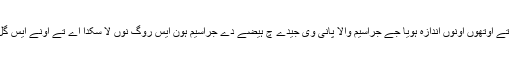
بنگال چ اونے ہیضے دے جراسیم نوں پانی چ لبیا تے اوتھوں اونوں اندازہ ہویا جے جراسیم والا پانی وی جیدے چ ہیضے دے جراسیم ہون ایس روگ نوں لا سکدا اے تے اونے ایس گل توں صاف پانی دی لوڑ تے صفائی تے زور دتا۔